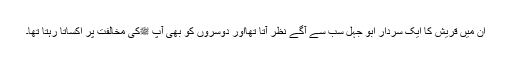
ان میں قریش کا ایک سردار ابو جہل سب سے آگے نظر آتا تھااور دوسروں کو بھی آپ ﷺکی مخالفت پر اکساتا رہتا تھا۔